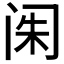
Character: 𲈼